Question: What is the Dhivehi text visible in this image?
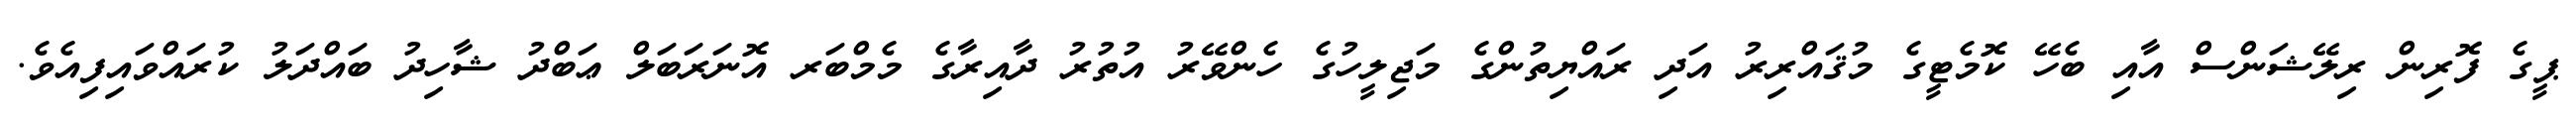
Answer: ޕީގެ ފޮރިން ރިލޭޝަންސް އާއި ބެހޭ ކޮމެޓީގެ މުޤައްރިރު އަދި ރައްޔިތުންގެ މަޖިލީހުގެ ހެންވޭރު އުތުރު ދާއިރާގެ މެމްބަރ އޮނަރަބަލް ޢަބްދު ޝާހިދު ބައްދަލު ކުރައްވައިފިއެވެ.